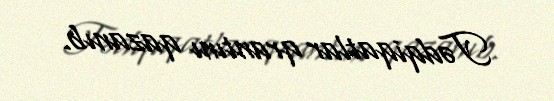
Tədqiqatlar qrantını qazanıb.